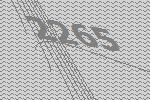
2265